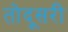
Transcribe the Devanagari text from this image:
तोदूसरी